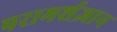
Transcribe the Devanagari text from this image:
परामर्शज्ञान